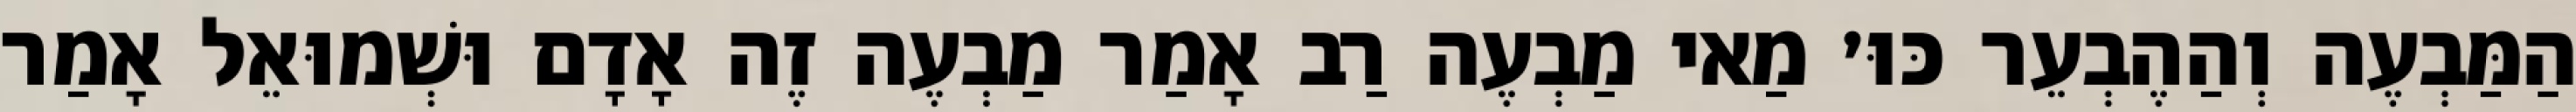
הַמַּבְעֶה וְהַהֶבְעֵר כּוּ׳ מַאי מַבְעֶה רַב אָמַר מַבְעֶה זֶה אָדָם וּשְׁמוּאֵל אָמַר